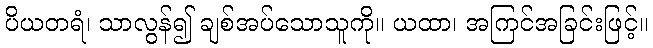
ပိယတရံ၊ သာလွန်၍ ချစ်အပ်သောသူကို။ ယထာ၊ အကြင်အခြင်းဖြင့်။